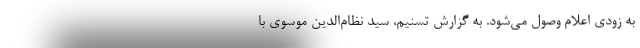
به زودی اعلام وصول می‌شود. به گزارش تسنیم، سید نظام‌الدین موسوی با